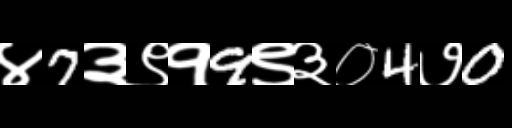
Text: ४7३९१9९३०4७0